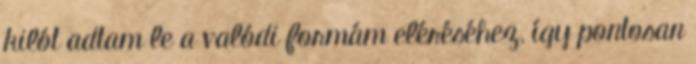
kilót adtam le a valódi formám eléréséhez, így pontosan